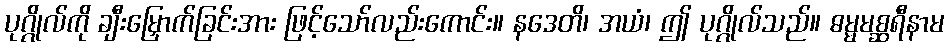
ပုဂ္ဂိုလ်ကို ချီးမြှောက်ခြင်းအား ဖြင့်သော်လည်းကောင်း။ နဒေတိ၊ အယံ၊ ဤ ပုဂ္ဂိုလ်သည်။ ဓမ္မမစ္ဆရီနာမ